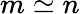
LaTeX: m\simeq n